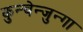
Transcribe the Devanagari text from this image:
कुन्चेन्जुन्गा